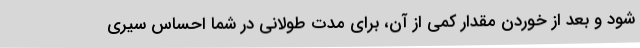
شود و بعد از خوردن مقدار کمی از آن، برای مدت طولانی در شما احساس سیری